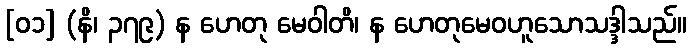
[၀၁] (နိ၊ ၃၇၉) န ဟေတု မေဝါတိ၊ န ဟေတုမေဝဟူသောသဒ္ဒါသည်။